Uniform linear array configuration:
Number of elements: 8
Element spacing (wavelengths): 0.25
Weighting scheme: exponential
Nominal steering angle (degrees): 0
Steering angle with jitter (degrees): -0.9629
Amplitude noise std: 0.05
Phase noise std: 0.05

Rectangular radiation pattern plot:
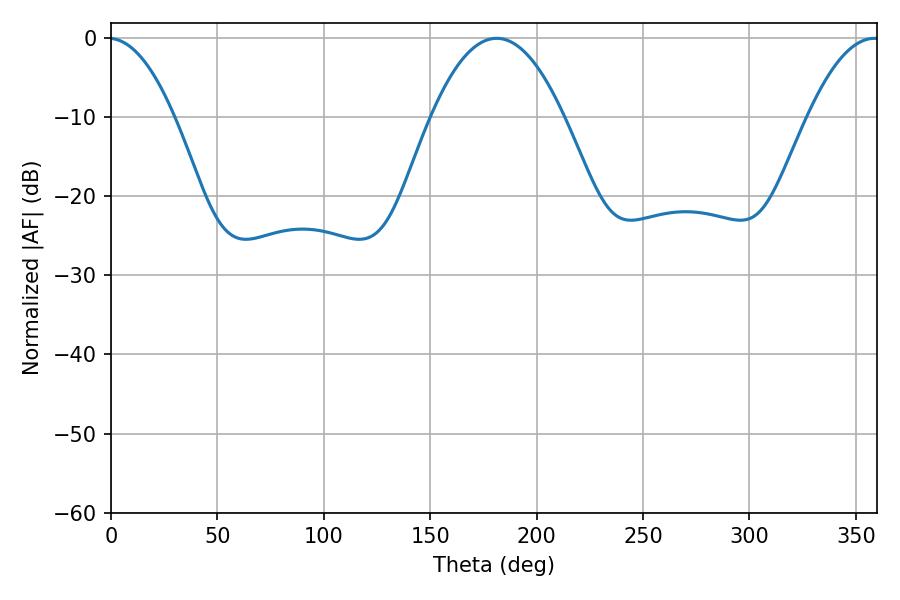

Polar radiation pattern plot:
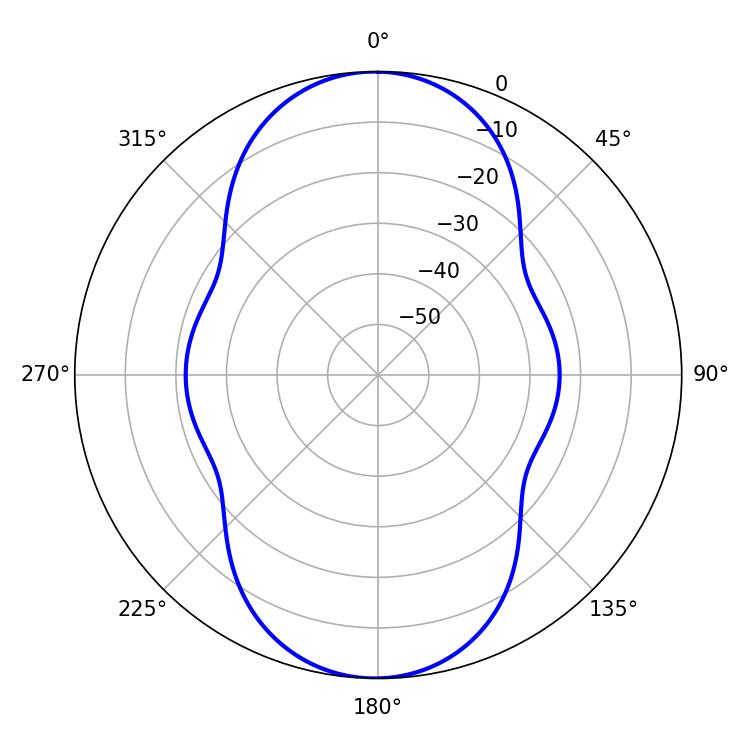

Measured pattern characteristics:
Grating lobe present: FALSE
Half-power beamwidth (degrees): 34.38
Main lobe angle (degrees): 181.26